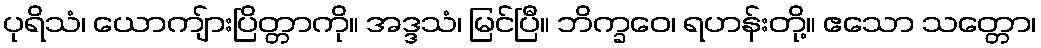
ပုရိသံ၊ ယောကျ်ားပြိတ္တာကို။ အဒ္ဒသံ၊ မြင်ပြီ။ ဘိက္ခဝေ၊ ရဟန်းတို့။ ဧသော သတ္တော၊